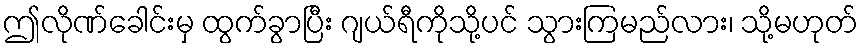
ဤလိုဏ်ခေါင်းမှ ထွက်ခွာပြီး ဂျယ်ရီကိုသို့ပင် သွားကြမည်လား၊ သို့မဟုတ်